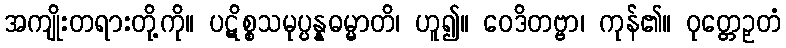
အကျိုးတရားတို့ကို။ ပဋိစ္စသမုပ္ပန္နဓမ္မာတိ၊ ဟူ၍။ ဝေဒိတဗ္ဗာ၊ ကုန်၏။ ဝုတ္တေဉှတံ